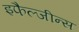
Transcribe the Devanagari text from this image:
इफैल्जीन्स